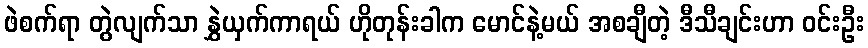
ဖဲစက်ရာ တွဲလျက်သာ နွှဲယှက်ကာရယ် ဟိုတုန်းခါက မောင်နဲ့မယ် အစချီတဲ့ ဒီသီချင်းဟာ ဝင်းဦး